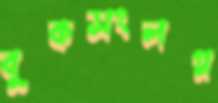
বুকসংলগ্ন